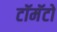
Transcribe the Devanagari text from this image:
टॉमॅटो